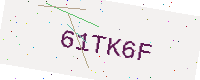
Text: 61TK6F